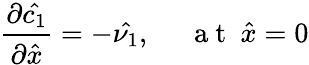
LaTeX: \frac{\partial\hat{c_{1}}}{\partial\hat{x}}=-\hat{\nu_{1}},~~~~~\mathrm{~a~t~}~\hat{x}=0